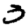
Digit: 3